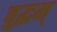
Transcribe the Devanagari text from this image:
बुद्धम्